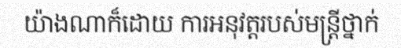
យ៉ាងណាក៏ដោយ ការអនុវត្តរបស់មន្ត្រីថ្នាក់